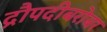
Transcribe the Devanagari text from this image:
द्रौपदीबरोबर